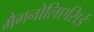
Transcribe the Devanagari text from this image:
मैगनोलिएसिई